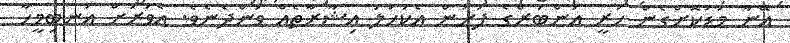
އޭނާ މަޑުކޮށްގެން ހުރީ އަންބަރްގެ ފުށުން އެކަހަލަ އިޝާރާތެއް ވަންދެނެވެ. އެވަރަށް އަނބިމީހާ